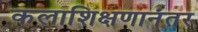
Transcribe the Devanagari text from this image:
कलाशिक्षणानंतर